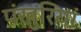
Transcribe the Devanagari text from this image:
पंखुरियां